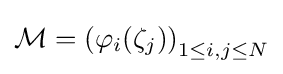
{\mathcal {M}}=\left(\varphi _{i}(\zeta _{j})\right)_{1\leq i,j\leq N}